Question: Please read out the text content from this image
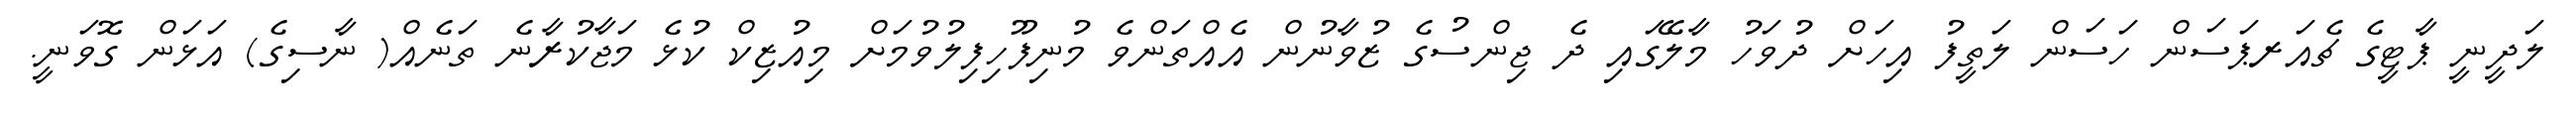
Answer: ލަދީނީ ޕާޓީގެ ޗެއަރޕަސަން ހަސަން ލަތީފު އިހަށް ދުވަހު މާލޭގައި ދެ ޖިންސުގެ ޒުވާނުން އެއްތަންވެ މުނިފޫހިފިލުވުމަށް މިއުޒިކް ކުޅެ މަޖާކުރާނެ ތަނެއް( ނާސިގެ) އަޅަން ގޮވަނީ.